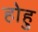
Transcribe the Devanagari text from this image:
होहु